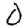
Digit: 0